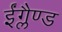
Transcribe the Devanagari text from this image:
ईंग्लैण्ड